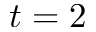
t = 2